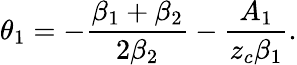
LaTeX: \theta_{1}=-\frac{\beta_{1}+\beta_{2}}{2\beta_{2}}-\frac{A_{1}}{z_{c}\beta_{1}}.